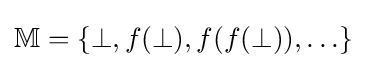
\mathbb {M} =\{\bot ,f(\bot ),f(f(\bot )),\ldots \}